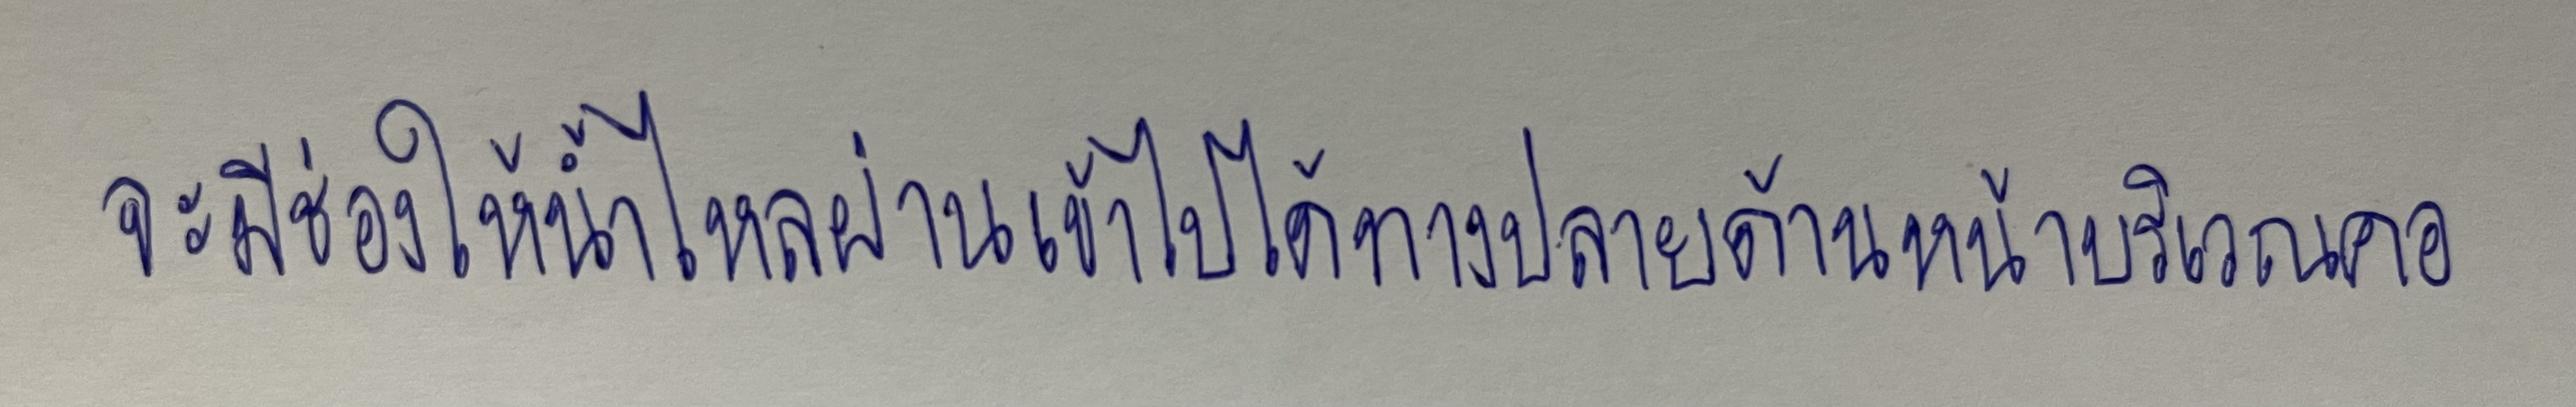
จะมีช่องให้น้ำไหลผ่านเข้าไปได้ทางปลายด้านหน้าบริเวณคอ